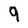
Character: 9